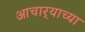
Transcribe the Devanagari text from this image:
आचार्‍याच्या